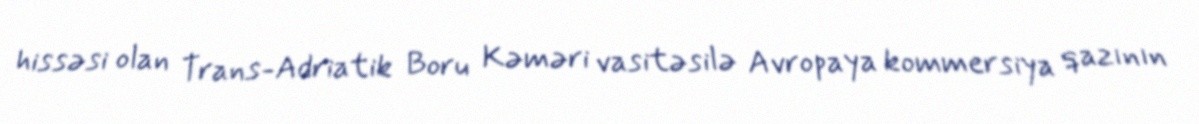
hissəsi olan Trans-Adriatik Boru Kəməri vasitəsilə Avropaya kommersiya qazının